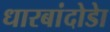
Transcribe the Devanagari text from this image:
धारबांदोडाे